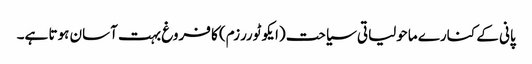
پانی کے کنارے ماحولیاتی سیاحت (ایکو ٹوررزم) کا فروغ بہت آسان ہوتا ہے۔